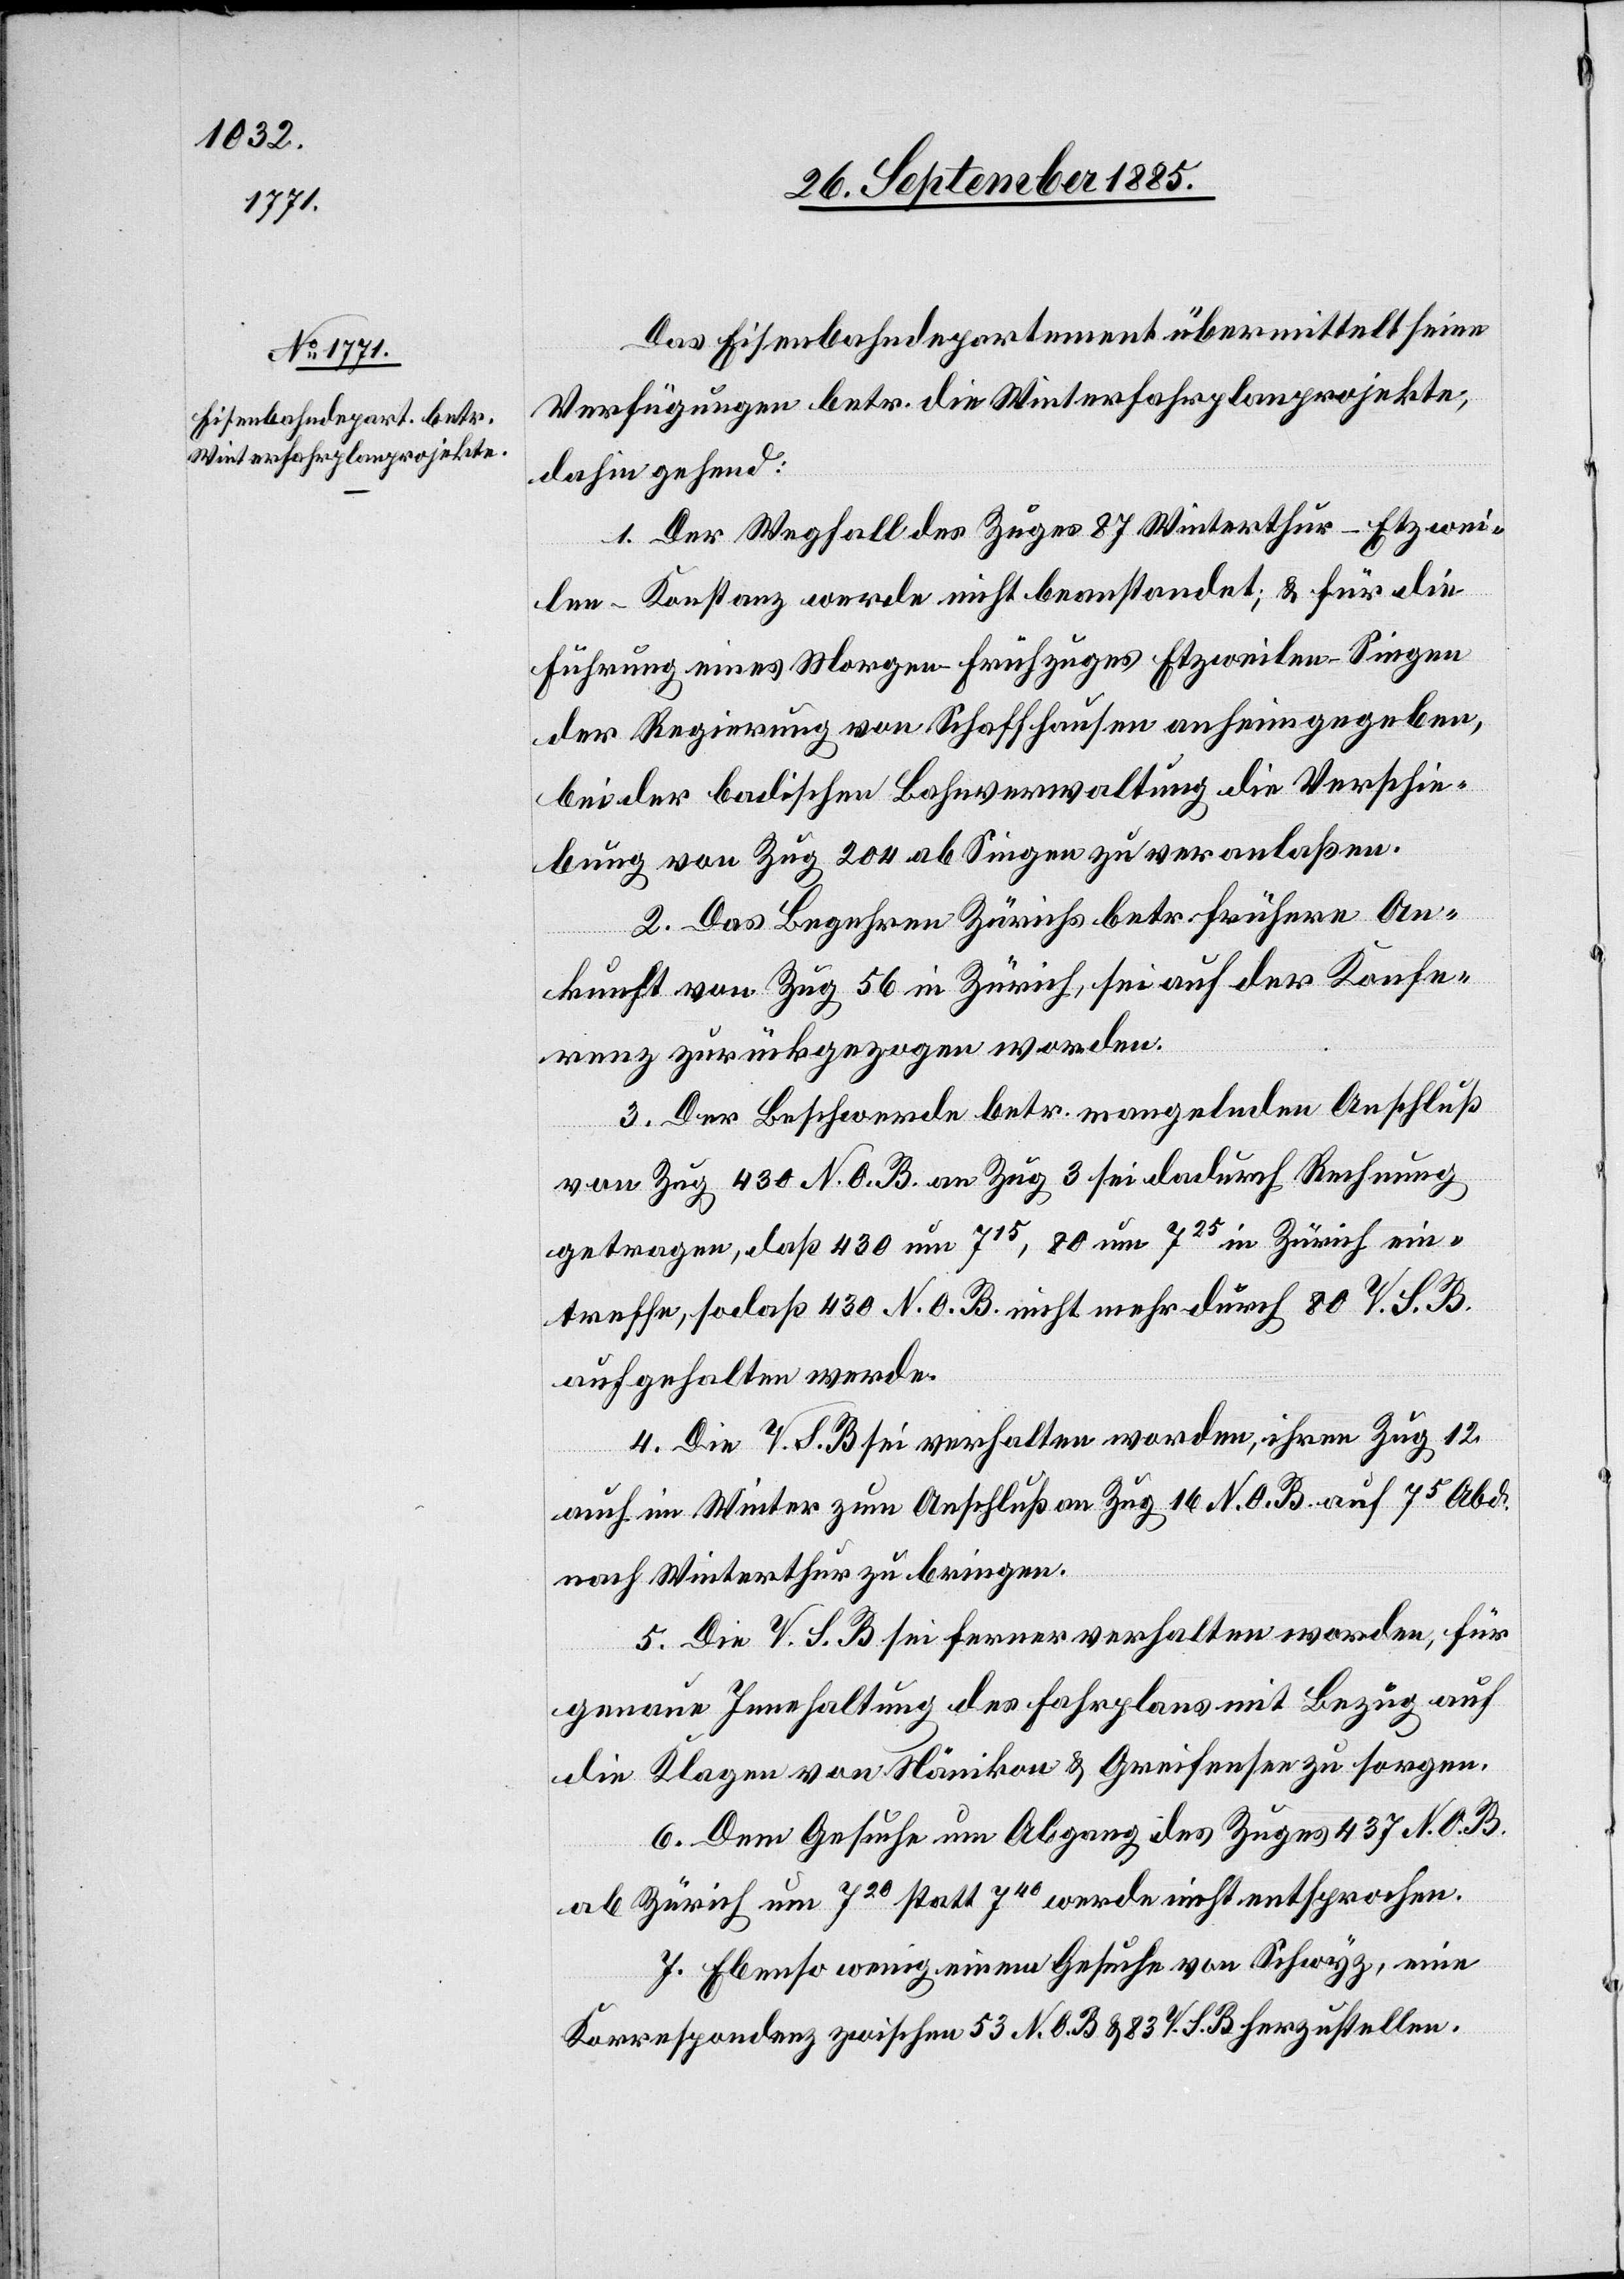
29. September 1885.]
Das Eisenbahndepartement übermittelt seine
Verfügungen betr. die Winterfahrplanprojekte,
dahingehend:
1. Der Wegfall des Zuges 87 Winterthur–Etzwei¬
len–Konstanz werde nicht beanstandet; & für die
Führung eines Morgen-Frühzuges Etzweilen–Singen
der Regierung von Schaffhausen anheim gegeben,
bei der badischen Bahnverwaltung die Verschie¬
bung von Zug 204 ab Singen zu veranlaßen.
2. Das Begehren Zürichs betr. frühern An¬
kunft von Zug 56 in Zürich, sei auf der Konfe¬
renz zurückgezogen worden.
3. Der Beschwerde betr. mangelnden Anschluß
von Zug 430 N. O. B. an Zug 3 sei dadurch Rechnung
getragen, daß 430 um 715, 80 um 725 in Zürich ein¬
treffe, sodaß 430 N. O. B. nicht mehr durch 80 V. S. B.
aufgehalten werde.
4. Die V. S. B. sei verhalten worden, ihren Zug 12
auch im Winter zum Anschluß an Zug 16 N. O. B. auf 75 Abd.
nach Winterthur zu bringen.
5. Die V. S. B. sei ferner verhalten worden, für
genaue Innehaltung des Fahrplans mit Bezug auf
die Klagen von Nänikon & Greifensee zu sorgen.
6. Dem Gesuche um Abgang des Zuges 437 N. O.
B.
ab Zürich um 720 statt 740 werde nicht entsprochen.
7. Ebenso wenig einem Gesuche von Schwyz, eine
Korrespondenz zwischen 53 N. O. B. & 83 V. S. B. herzustellen.